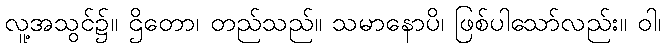
လူ့အသွင်၌။ ဌိတော၊ တည်သည်။ သမာနောပိ၊ ဖြစ်ပါသော်လည်း။ ဝါ၊